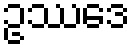
ဥဿဒေ